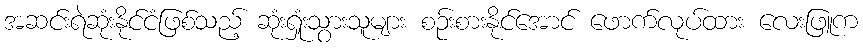
အဆင်းရဲဆုံးနိုင်ငံဖြစ်သည့် ဆုံးရှုံးသွားသူများ စဉ်းစားနိုင်အောင် ဖောက်လုပ်ထား လေးဖြူက